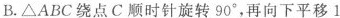
B.△ABC绕点C顺时针旋转90°，再向下平移1